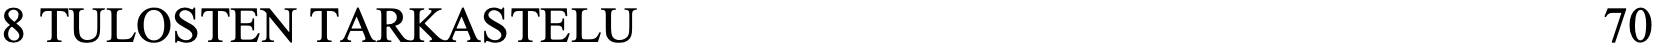
8 TULOSTEN TARKASTELU                                70